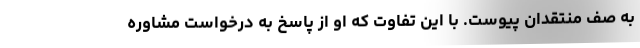
به صف منتقدان پیوست. با این تفاوت که او از پاسخ به درخواست مشاوره